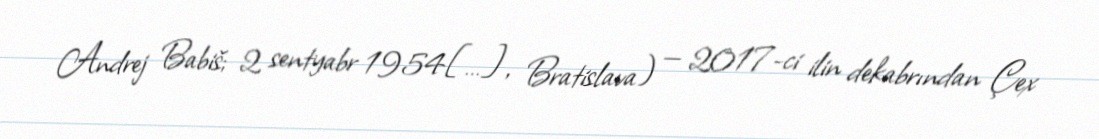
Andrej Babiš; 2 sentyabr 1954[…], Bratislava) — 2017-ci ilin dekabrından Çex